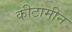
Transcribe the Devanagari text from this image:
कीटामीन